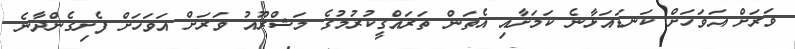
ވަރަށް އަވަހަށް ކަނޑައަޅާނެ ކަމަށާއި އެތަން ތަރައްގީކުރުމުގެ މަޝްރޫއު ވަރަށް އަވަހަށް ފެށިގެންދާނެ